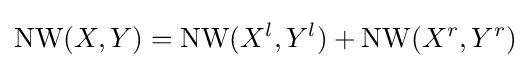
\operatorname {NW} (X,Y)=\operatorname {NW} (X^{l},Y^{l})+\operatorname {NW} (X^{r},Y^{r})